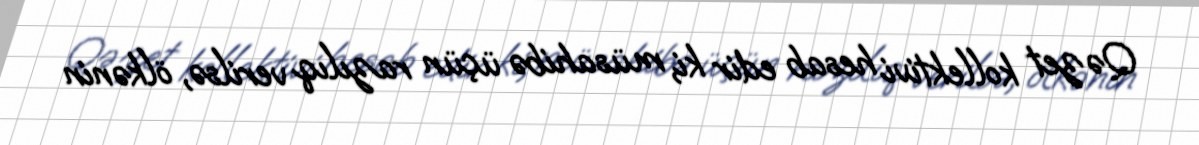
Qəzet kollektivi hesab edir ki, müsahibə üçün razılıq verilsə, ölkənin